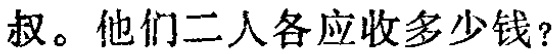
叔。他们二人各应收多少钱？